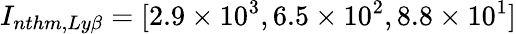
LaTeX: I_{nthm,Ly\beta}=[2.9\times 10^{3},6.5\times 10^{2},8.8\times 10^{1}]